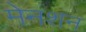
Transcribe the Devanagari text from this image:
मेनशन